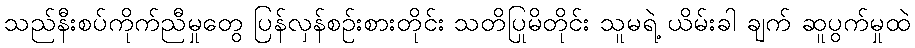
သည်နီးစပ်ကိုက်ညီမှုတွေ ပြန်လှန်စဉ်းစားတိုင်း သတိပြုမိတိုင်း သူမရဲ့ ယိမ်းခါ ချက် ဆူပွက်မှုထဲ